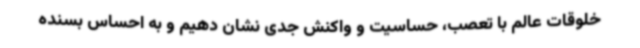
خلوقات عالم با تعصب، حساسیت و واکنش جدی نشان دهیم و به احساس بسنده